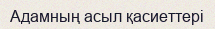
Адамның асыл қасиеттері